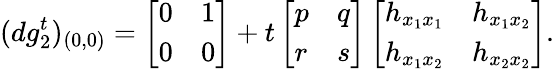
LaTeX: (dg_{2}^{t})_{(0,0)}=\left[\begin{array}{ll}{0}&{1}\\ {0}&{0}\end{array}\right]+t\left[\begin{array}{ll}{p}&{q}\\ {r}&{s}\end{array}\right]\left[\begin{array}{ll}{h_{x_{1}x_{1}}}&{h_{x_{1}x_{2}}}\\ {h_{x_{1}x_{2}}}&{h_{x_{2}x_{2}}}\end{array}\right].